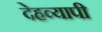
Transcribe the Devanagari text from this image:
देहव्यापी